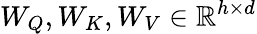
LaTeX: W_{Q},W_{K},W_{V}\in\mathbb{R}^{h\times d}